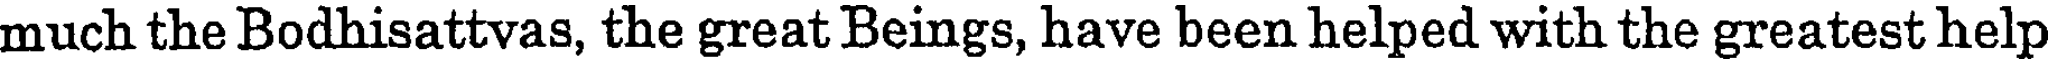
much the Bodhisattvas, the great Beings, have been helped with the greatest help